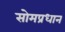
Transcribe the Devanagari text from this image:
सोमप्रधान